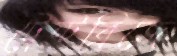
ট্রেন্টব্রিজে